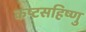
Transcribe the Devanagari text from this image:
कष्टसहिष्णु